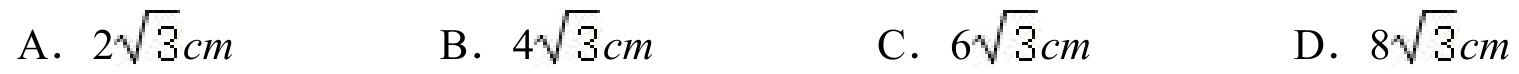
A. \(2\sqrt{3}cm\)  B. \(4\sqrt{3}cm\)  C. \(6\sqrt{3}cm\)  D. \(8\sqrt{3}cm\)